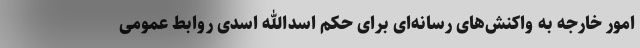
امور خارجه به واکنش‌های رسانه‌ای برای حکم اسدالله اسدی روابط عمومی